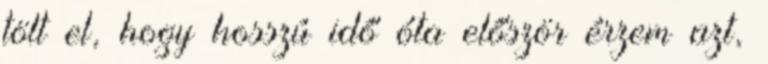
tölt el, hogy hosszú idő óta először érzem azt,